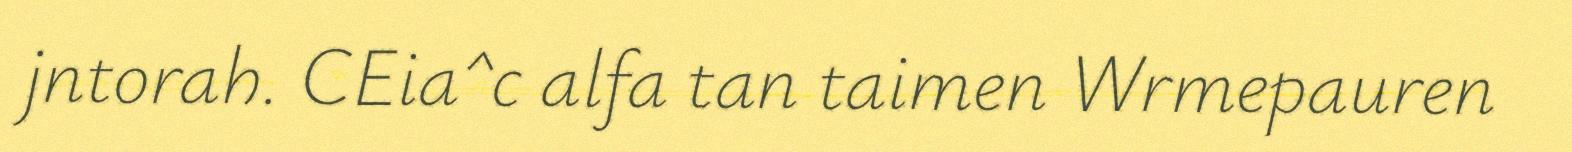
jntorah. CEia^c alfa tan taimen Wrmepauren